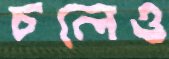
চলেও